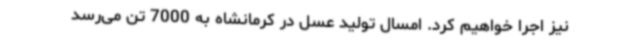
نیز اجرا خواهیم کرد. امسال تولید عسل در کرمانشاه به 7000 تن می‌رسد